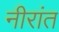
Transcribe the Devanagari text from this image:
नीरांत